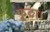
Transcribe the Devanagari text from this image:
फूटा।